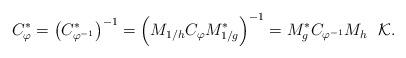
LaTeX: \begin{align*}C_{\varphi}^{*} = \big(C_{\varphi^{-1}}^{*}\big)^{-1} = \Big(M_{1/h}C_{\varphi}M^{*}_{1/g}\Big)^{-1} = M^{*}_{g}C_{\varphi^{-1}}M_{h} \ \ \mathcal{K}.\end{align*}